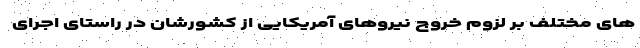
های مختلف بر لزوم خروج نیروهای آمریکایی از کشورشان در راستای اجرای